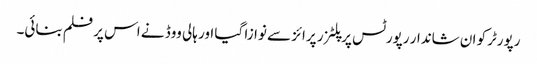
رپورٹرکو ان شاندار رپورٹس پر پلٹزر پرائز سے نوازا گیا اور ہالی ووڈ نے اس پر فلم بنائی۔